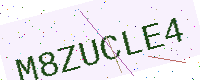
Text: M8ZUCLE4